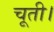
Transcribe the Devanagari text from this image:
चूती।